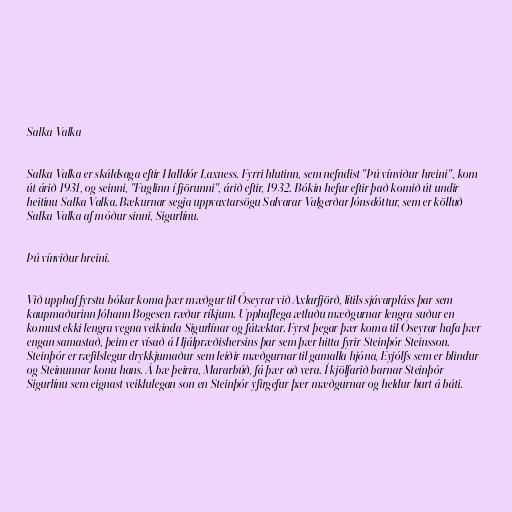
Salka Valka

Salka Valka er skáldsaga eftir Halldór Laxness. Fyrri hlutinn, sem nefndist "Þú vínviður hreini", kom
út árið 1931, og seinni, "Fuglinn í fjörunni", árið eftir, 1932. Bókin hefur eftir það komið út undir
heitinu Salka Valka. Bækurnar segja uppvaxtarsögu Salvarar Valgerðar Jónsdóttur, sem er kölluð
Salka Valka af móður sinni, Sigurlínu.

Þú vínviður hreini.

Við upphaf fyrstu bókar koma þær mæðgur til Óseyrar við Axlarfjörð, lítils sjávarpláss þar sem
kaupmaðurinn Jóhann Bogesen ræður ríkjum. Upphaflega ætluðu mæðgurnar lengra suður en
komust ekki lengra vegna veikinda Sigurlínar og fátæktar. Fyrst þegar þær koma til Óseyrar hafa þær
engan samastað, þeim er vísað á Hjálpræðishersins þar sem þær hitta fyrir Steinþór Steinsson.
Steinþór er ræfilslegur drykkjumaður sem leiðir mæðgurnar til gamalla hjóna, Eyjólfs sem er blindur
og Steinunnar konu hans. Á bæ þeirra, Mararbúð, fá þær að vera. Í kjölfarið barnar Steinþór
Sigurlínu sem eignast veiklulegan son en Steinþór yfirgefur þær mæðgurnar og heldur burt á báti.